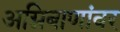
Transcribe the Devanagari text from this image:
अग्निबाणांवर